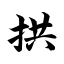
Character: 拱